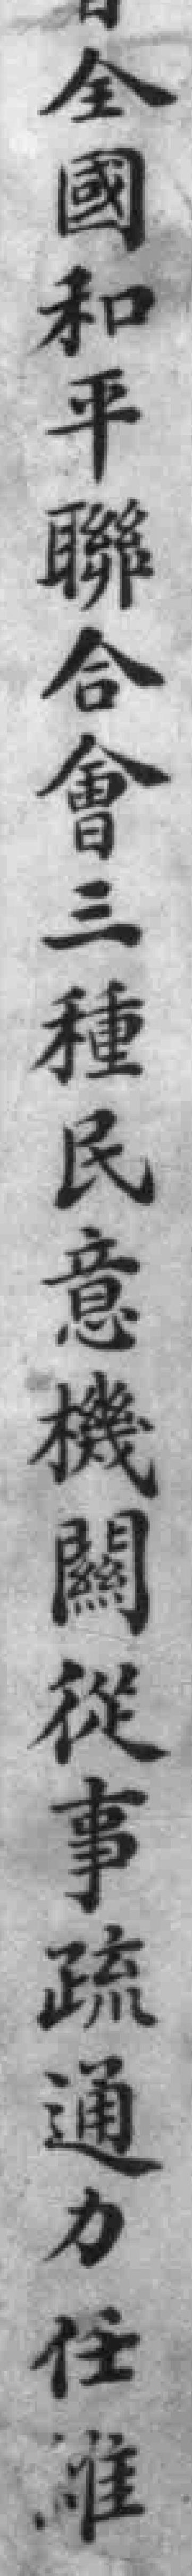
全國和平聯合會三種民意機關從事疏通力任准